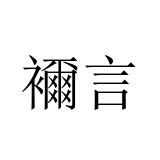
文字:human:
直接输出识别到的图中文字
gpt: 襧言